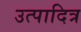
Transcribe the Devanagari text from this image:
उत्पादित्र